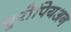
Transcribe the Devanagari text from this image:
युरोपियअन